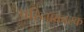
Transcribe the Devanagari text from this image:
परिनाकारक